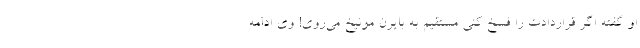
او گفته اگر قراردادت را فسخ کنی مستقیم به بایرن مونیخ می‌روی! وی ادامه